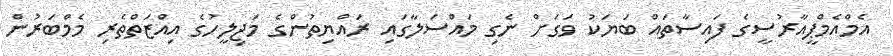
އެމްއެމްޕީއާރުސީގެ ފައިސާތައް ބަޔަކު ވަގަށް ނެގި މައްސަލާގައި ރައްޔިތުންގެ މަޖިލީހުގެ އިއްޒަތްތެރި މެމްބަރުން